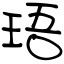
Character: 珸